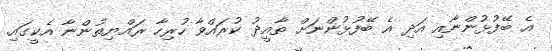
އެ ބޭފުޅުންނާއި އަދި އެ ބޭފުޅުންނަށް ތާއީދު ކުރައްވާ ހުރިހާ ރައްޔިތުންނާ އެކީގައި.